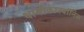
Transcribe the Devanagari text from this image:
थायोकारबॉनिक